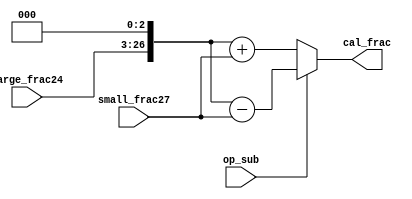
`timescale 1ns / 1ps

module fadd_cal (op_sub,large_frac24,small_frac27, cal_frac); // calculation
	input [23:0] large_frac24;
	input op_sub;
	input [26:0] small_frac27;
	output [27:0] cal_frac;
	//grs,,28bit
	wire [27:0] aligned_large_frac = {1'b0,large_frac24,3'b000};
	wire [27:0] aligned_small_frac = {1'b0,small_frac27};
	//
	assign cal_frac = op_sub?
	aligned_large_frac - aligned_small_frac :
	aligned_large_frac + aligned_small_frac;
endmodule